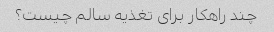
چند راهکار برای تغذیه سالم چیست؟